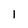
Character: 1